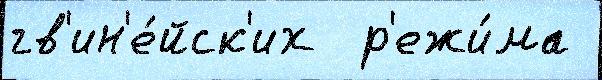
гв'ин'е́йск'их  р'ежи́ма